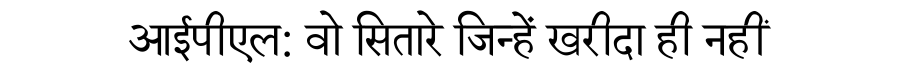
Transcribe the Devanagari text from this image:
आईपीएल: वो सितारे जिन्हें खरीदा ही नहीं